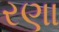
રણા